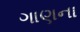
ગાણના